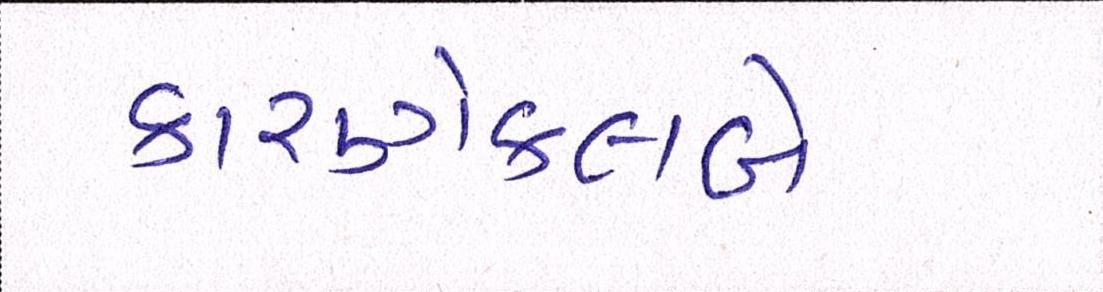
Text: કારણેક્લબે